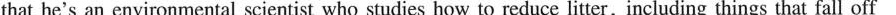
that he's an environmental scientist who studies how to reduce litter,including things that fall off